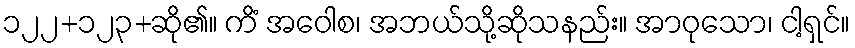
၁၂၂+၁၂၃+ဆို၏။ ကိံ အဝေါစ၊ အဘယ်သို့ဆိုသနည်း။ အာဝုသော၊ ငါ့ရှင်။